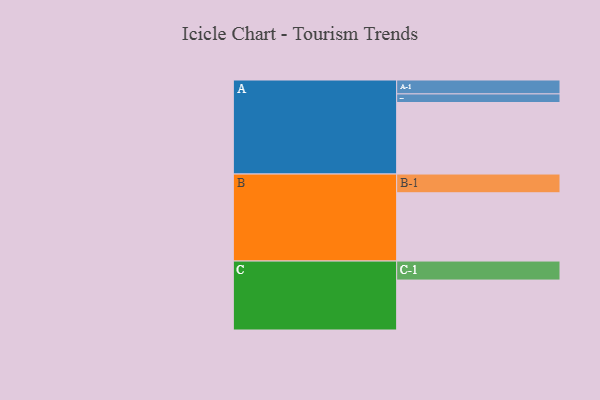
{"axis": {"x": "Segment", "y": "Value"}, "legend": ["", "A", "B", "C"], "data": [{"x": "A", "y": 550, "type": ""}, {"x": "B", "y": 525, "type": ""}, {"x": "C", "y": 384, "type": ""}, {"x": "A-1", "y": 107, "type": "A"}, {"x": "A-2", "y": 66, "type": "A"}, {"x": "B-1", "y": 144, "type": "B"}, {"x": "C-1", "y": 146, "type": "C"}]}